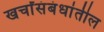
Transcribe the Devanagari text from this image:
खर्चांसंबंधांतील